Lunatic asylums Punjab 1868-1880 - 1868-1880
Year: 1868
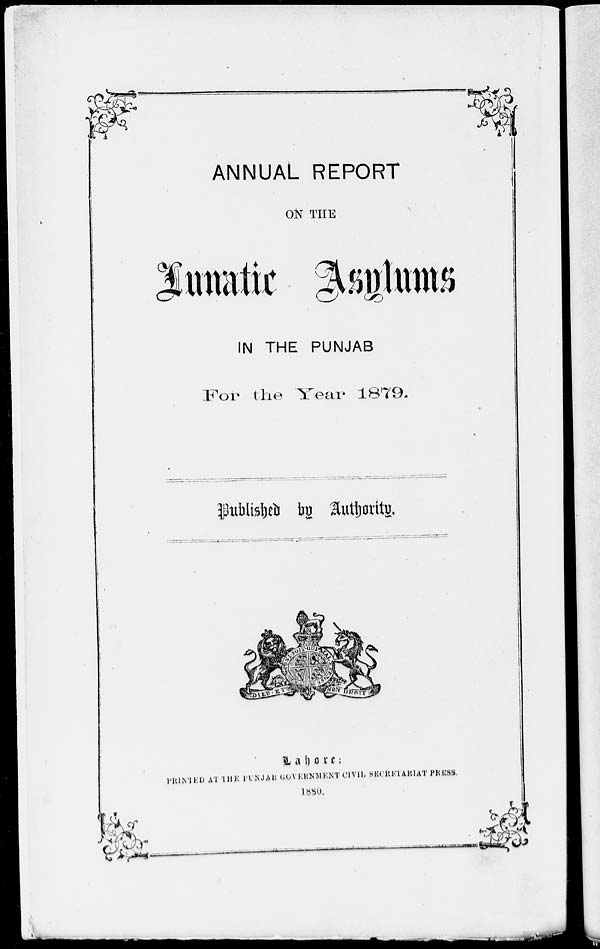
ANNUAL REPORT
ON THE
IN THE PUNJAB
For the Year 1879.
Published
by Authority.
Lahore:
PRINTED AT THE PUNJAB GOVERNMENT CIVIL SECRETARIAT PRESS.
1880.